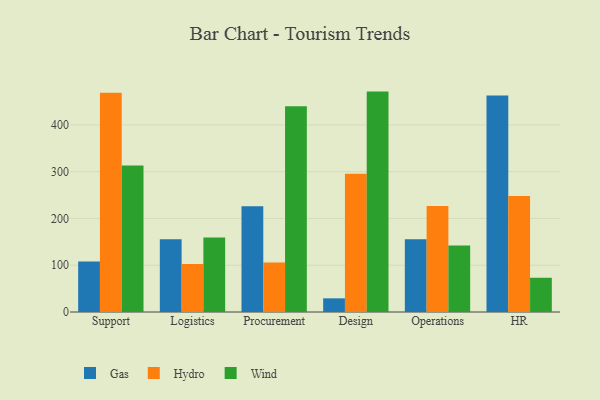
{"axis": {"x": "Department", "y": "Churn Rate (%)"}, "legend": ["Gas", "Hydro", "Wind"], "data": [{"x": "Support", "y": 108.1, "type": "Gas"}, {"x": "Support", "y": 468.6, "type": "Hydro"}, {"x": "Support", "y": 313.3, "type": "Wind"}, {"x": "Logistics", "y": 155.6, "type": "Gas"}, {"x": "Logistics", "y": 102.7, "type": "Hydro"}, {"x": "Logistics", "y": 159.5, "type": "Wind"}, {"x": "Procurement", "y": 225.9, "type": "Gas"}, {"x": "Procurement", "y": 105.8, "type": "Hydro"}, {"x": "Procurement", "y": 439.9, "type": "Wind"}, {"x": "Design", "y": 29.2, "type": "Gas"}, {"x": "Design", "y": 295.6, "type": "Hydro"}, {"x": "Design", "y": 471.1, "type": "Wind"}, {"x": "Operations", "y": 155.5, "type": "Gas"}, {"x": "Operations", "y": 226.7, "type": "Hydro"}, {"x": "Operations", "y": 142.1, "type": "Wind"}, {"x": "HR", "y": 462.5, "type": "Gas"}, {"x": "HR", "y": 247.7, "type": "Hydro"}, {"x": "HR", "y": 73.2, "type": "Wind"}]}